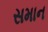
સમાન